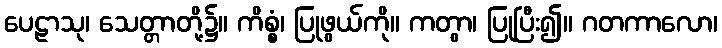
ပေဠာသု၊ သေတ္တာတို့၌။ ကိစ္စံ၊ ပြုဖွယ်ကို။ ကတွာ၊ ပြုပြီး၍။ ဂတကာလော၊